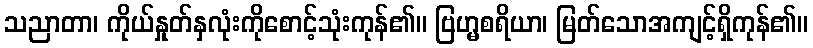
သညာတာ၊ ကိုယ်နှုတ်နှလုံးကိုစောင့်သုံးကုန်၏။ ဗြဟ္မစရိယာ၊ မြတ်သောအကျင့်ရှိကုန်၏။